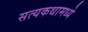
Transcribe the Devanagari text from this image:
सत्यकथामध्ये